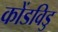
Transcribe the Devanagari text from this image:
कोंडविडु